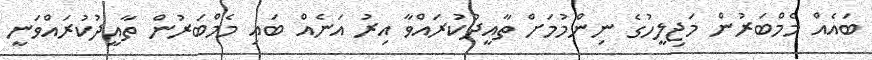
ބައެއް މެމްބަރުން މަޖިލީހުގެ ނިންމުމަށް ތާއީދުކުރައްވާ އިރު އަނެއް ބައި މެމްބަރުން ތާއީދުކުރައްވަނީ